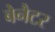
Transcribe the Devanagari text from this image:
बेनैटर